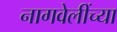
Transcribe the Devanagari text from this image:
नागवेलींच्या